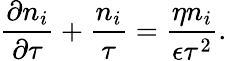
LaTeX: \frac{\partial n_{i}}{\partial\tau}+\frac{n_{i}}{\tau}=\frac{\eta n_{i}}{\epsilon\tau^{2}}.